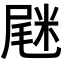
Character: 𡲸